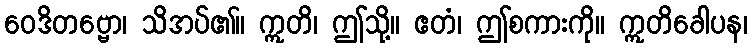
ဝေဒိတဗ္ဗော၊ သိအပ်၏။ ဣတိ၊ ဤသို့။ ဧတံ၊ ဤစကားကို။ ဣတိခေါပန၊